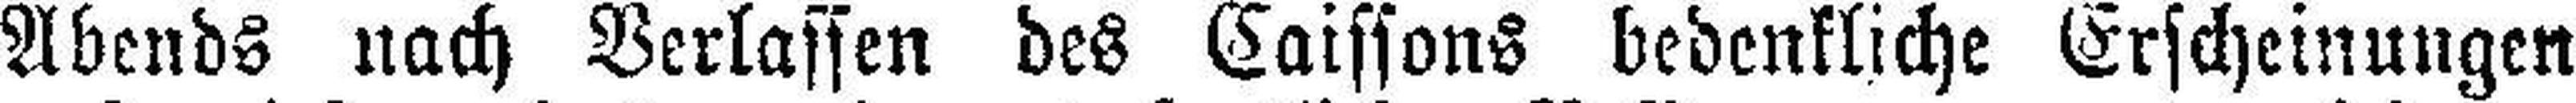
Abends nach Verlassen des Caissons bedenkliche Erscheinungen